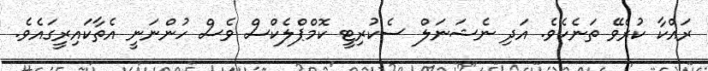
ރައްކާ ކުރެވޭ ތަނެކެވެ. އަދި ނެޝަނަލް ސެކުރިޓީ ކޮމްޕްލެކްސް ވެސް ހުންނަނީ އެތާކައިރީގައެވެ.